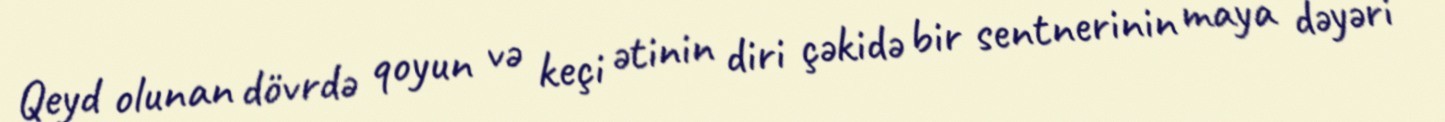
Qeyd olunan dövrdə qoyun və keçi ətinin diri çəkidə bir sentnerinin maya dəyəri